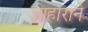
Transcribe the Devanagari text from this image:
आहाराने